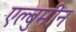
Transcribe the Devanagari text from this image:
एल्बुमीन